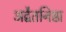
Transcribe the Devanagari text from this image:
अद्वैतनिष्ठा